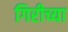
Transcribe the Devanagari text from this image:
गिरीच्या